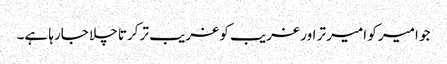
جو امیر کو امیر تر اور غریب کو غریب تر کرتا چلا جارہا ہے۔